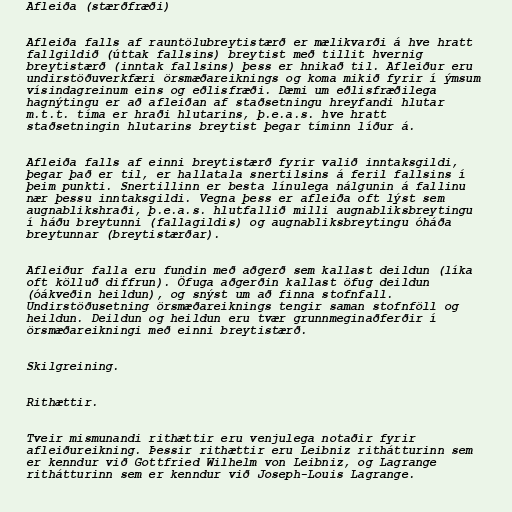
Afleiða (stærðfræði)

Afleiða falls af rauntölubreytistærð er mælikvarði á hve hratt
fallgildið (úttak fallsins) breytist með tillit hvernig
breytistærð (inntak fallsins) þess er hnikað til. Afleiður eru
undirstöðuverkfæri örsmæðareiknings og koma mikið fyrir í ýmsum
vísindagreinum eins og eðlisfræði. Dæmi um eðlisfræðilega
hagnýtingu er að afleiðan af staðsetningu hreyfandi hlutar
m.t.t. tíma er hraði hlutarins, þ.e.a.s. hve hratt
staðsetningin hlutarins breytist þegar tíminn líður á.

Afleiða falls af einni breytistærð fyrir valið inntaksgildi,
þegar það er til, er hallatala snertilsins á feril fallsins í
þeim punkti. Snertillinn er besta línulega nálgunin á fallinu
nær þessu inntaksgildi. Vegna þess er afleiða oft lýst sem
augnablikshraði, þ.e.a.s. hlutfallið milli augnabliksbreytingu
í háðu breytunni (fallagildis) og augnabliksbreytingu óháða
breytunnar (breytistærðar).

Afleiður falla eru fundin með aðgerð sem kallast deildun (líka
oft kölluð diffrun). Öfuga aðgerðin kallast öfug deildun
(óákveðin heildun), og snýst um að finna stofnfall.
Undirstöðusetning örsmæðareiknings tengir saman stofnföll og
heildun. Deildun og heildun eru tvær grunnmeginaðferðir í
örsmæðareikningi með einni breytistærð.

Skilgreining.

Rithættir.

Tveir mismunandi rithættir eru venjulega notaðir fyrir
afleiðureikning. Þessir rithættir eru Leibniz rithátturinn sem
er kenndur við Gottfried Wilhelm von Leibniz, og Lagrange
rithátturinn sem er kenndur við Joseph-Louis Lagrange.